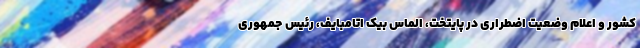
کشور و اعلام وضعیت اضطراری در پایتخت، الماس بیک اتامبایف، رئیس جمهوری